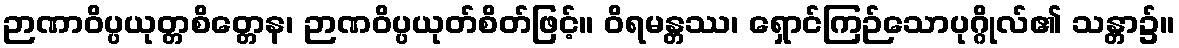
ဉာဏာဝိပ္ပယုတ္တစိတ္တေန၊ ဉာဏဝိပ္ပယုတ်စိတ်ဖြင့်။ ဝိရမန္တဿ၊ ရှောင်ကြဉ်သောပုဂ္ဂိုလ်၏ သန္တာ၌။